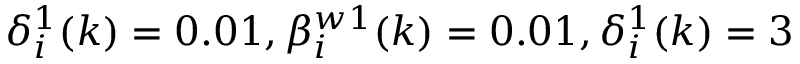
\delta _ { i } ^ { 1 } ( k ) = 0 . 0 1 , \beta _ { i } ^ { w 1 } ( k ) = 0 . 0 1 , \delta _ { i } ^ { 1 } ( k ) = 3